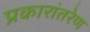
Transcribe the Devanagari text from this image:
प्रकारांतरेण